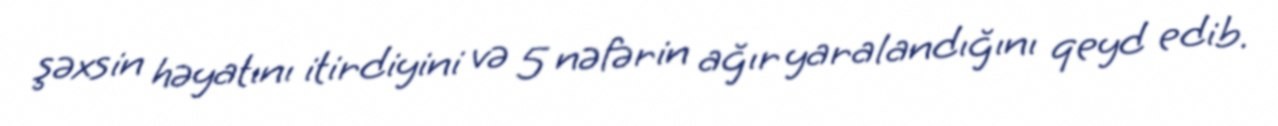
şəxsin həyatını itirdiyini və 5 nəfərin ağır yaralandığını qeyd edib.